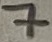
Text: GND